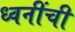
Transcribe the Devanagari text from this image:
ध्वनींची